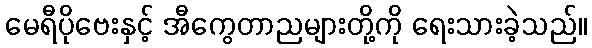
မေရီပိုဗေးနှင့် အီကွေတာညများတို့ကို ရေးသားခဲ့သည်။